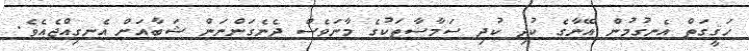
ހަޤީގަތް އެނގުމުން އޭނާގެ ކުދި ކުދި ސަމާސާތަކުގެ މާނަވެސް ދެނެގަންނަން ޝަބާއަށް އެނގިއްޖެއެވެ.